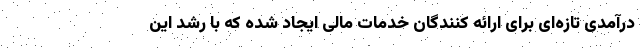
درآمدی تازه‌ای برای ارائه کنندگان خدمات مالی ایجاد شده که با رشد این